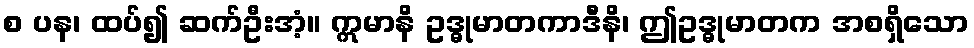
စ ပန၊ ထပ်၍ ဆက်ဦးအံ့။ ဣမာနိ ဥဒ္ဓုမာတကာဒီနိ၊ ဤဥဒ္ဓုမာတက အစရှိသော